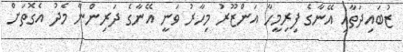
ޒުބައިދަތާއި އޭނާގެ ފިރިމީހާ އަންޒޫރު މިހާރު ވަނީ އޭނާގެ ދަރިންނާ މެދު އެގޮތަށް